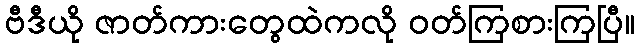
ဗီဒီယို ဇာတ်ကားတွေထဲကလို ဝတ်ကြစားကြပြီ။